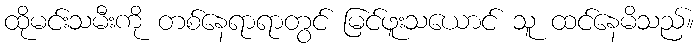
ထိုမင်းသမီးကို တစ်နေရာရာတွင် မြင်ဖူးသယောင် သူ ထင်နေမိသည်။